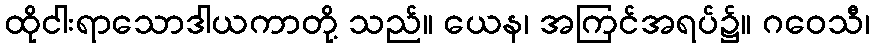
ထိုငါးရာသောဒါယကာတို့ သည်။ ယေန၊ အကြင်အရပ်၌။ ဂဝေသီ၊